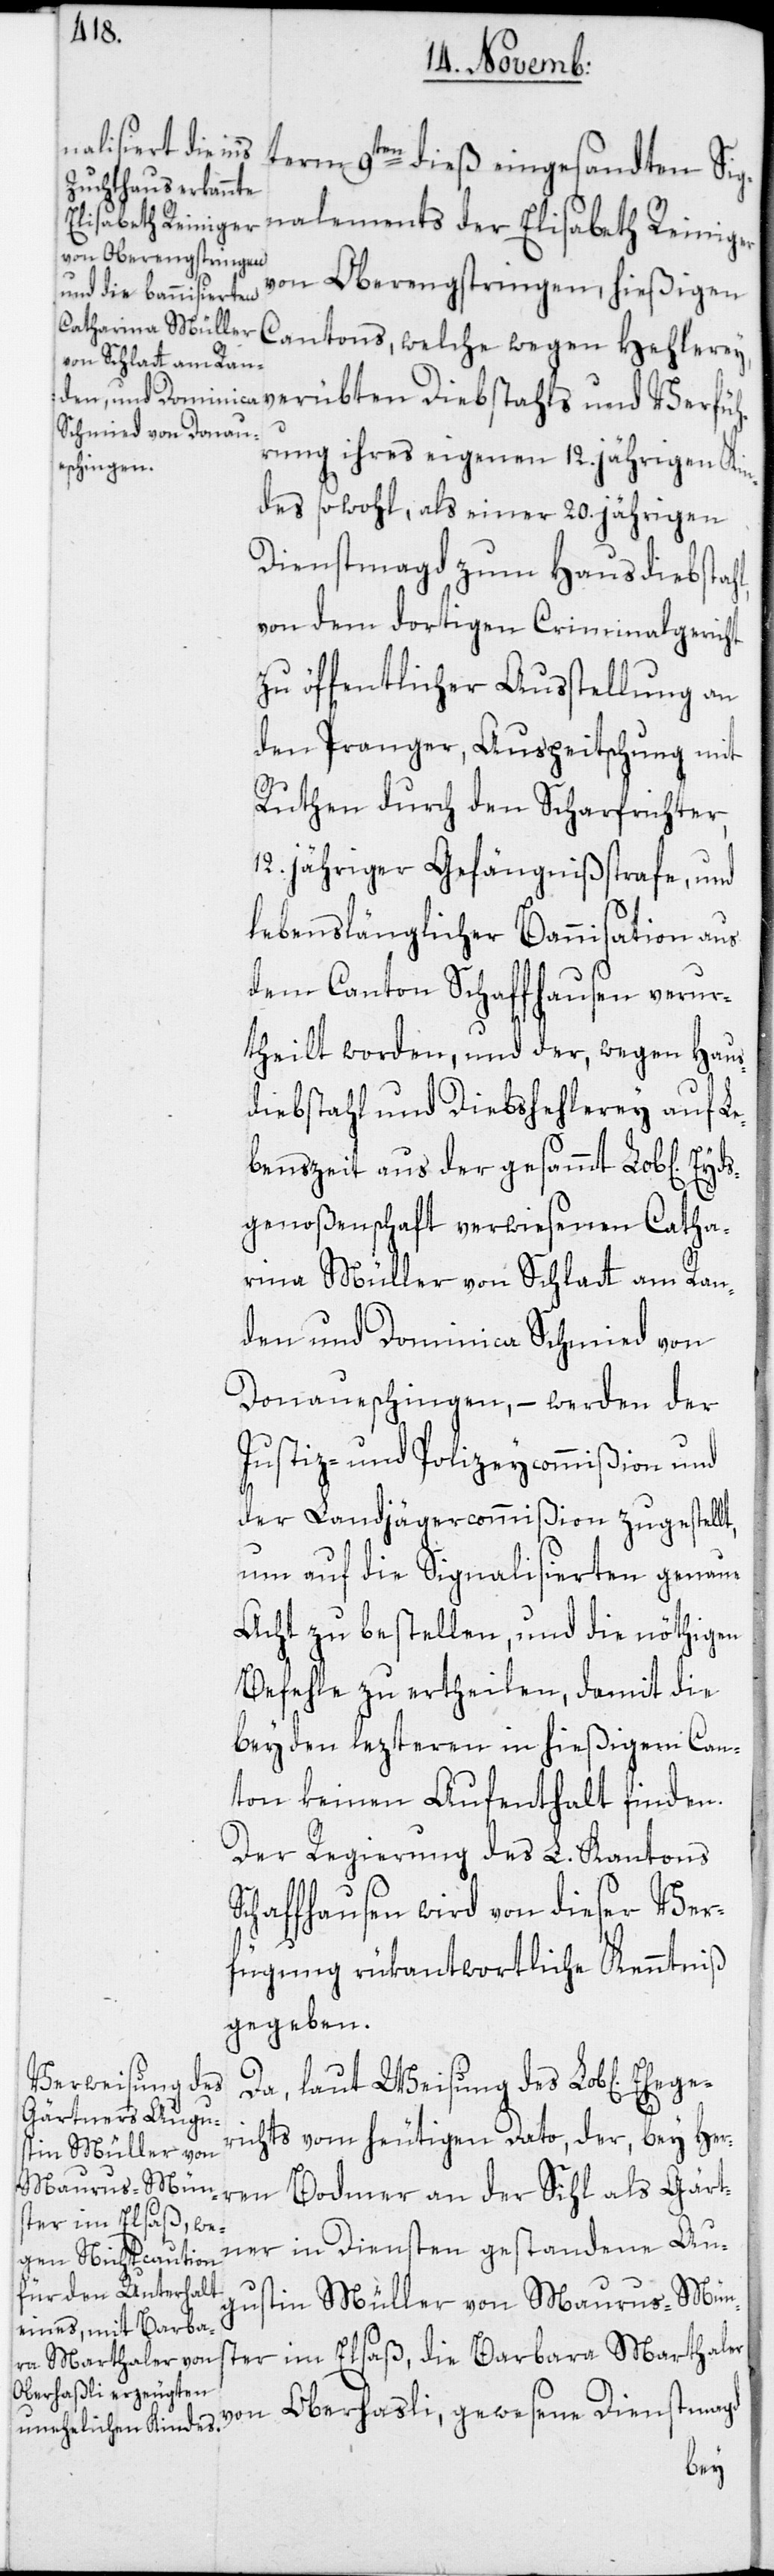
n] Eheger¬
nalements der
term 9ten dieß eingesandten Sig¬
von Oberengstringen, hießigen
Cantons, welche wegen Hehlerey,
rung ihres eigenen 12. jährigen Kin¬
des sowohl, als einer 20. jährigen
Dienstmagd zum Hausdiebstahl,
von dem dortigen Criminalgericht
zu öffentlicher Ausstellung an
den Pranger, Auspeitschung mit
Ruthen durch den Scharfrichter,
12. jähriger Gefängnißstrafe, und
lebenslänglicher Bannisation aus
dem Canton Schaffhausen verur¬
theilt worden; und der, wegen Haus¬
diebstahl und Diebshehlerey auf Le¬
benszeit aus der gesammt Lob[lichen]
genoßenschaft verwiesenen Catha¬
rina Müller von Schlatt am Ran¬
den und Dominica Schmied von
Donaueschingen, – werden der
Justiz- und Polizeycommißion und
der Landjägercommißion zugestellt,
um auf die Signalisierten genaue
Acht zu bestellen, und die nöthigen
Befehle zu ertheilen, damit die
beyden lezteren in hießigem Can¬
ton keinen Aufenthalt finden.
Der Regierung des L. Kantons
Schaffhausen wird von dieser Ver¬
fügung rükantwortliche Kenntniß
gegeben.
Da, laut Weisung des Lob[liche¬
ichts vom heutigen Dato, der, bey Her¬
ren Bodmer an der Sihl als Gärt¬
ner in Diensten gestandene Au¬
gustin Müller von Maurus-Mün¬
ster im Elsaß, die Barbara Marthaler
von Oberhasli, gewesene Dienstmagd
Eyds¬